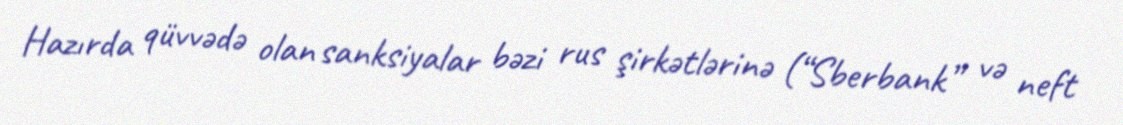
Hazırda qüvvədə olan sanksiyalar bəzi rus şirkətlərinə (“Sberbank” və neft